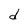
Character: d